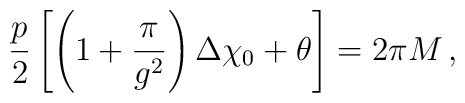
{p\over 2}\left[\left(1+{\pi\over g^{2}}\right)\Delta\chi_{0} +\theta \right] = 2\pi M \,,